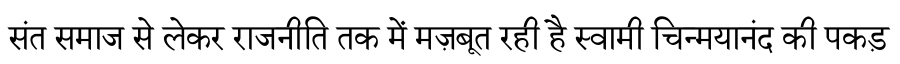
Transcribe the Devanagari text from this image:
संत समाज से लेकर राजनीति तक में मज़बूत रही है स्वामी चिन्मयानंद की पकड़